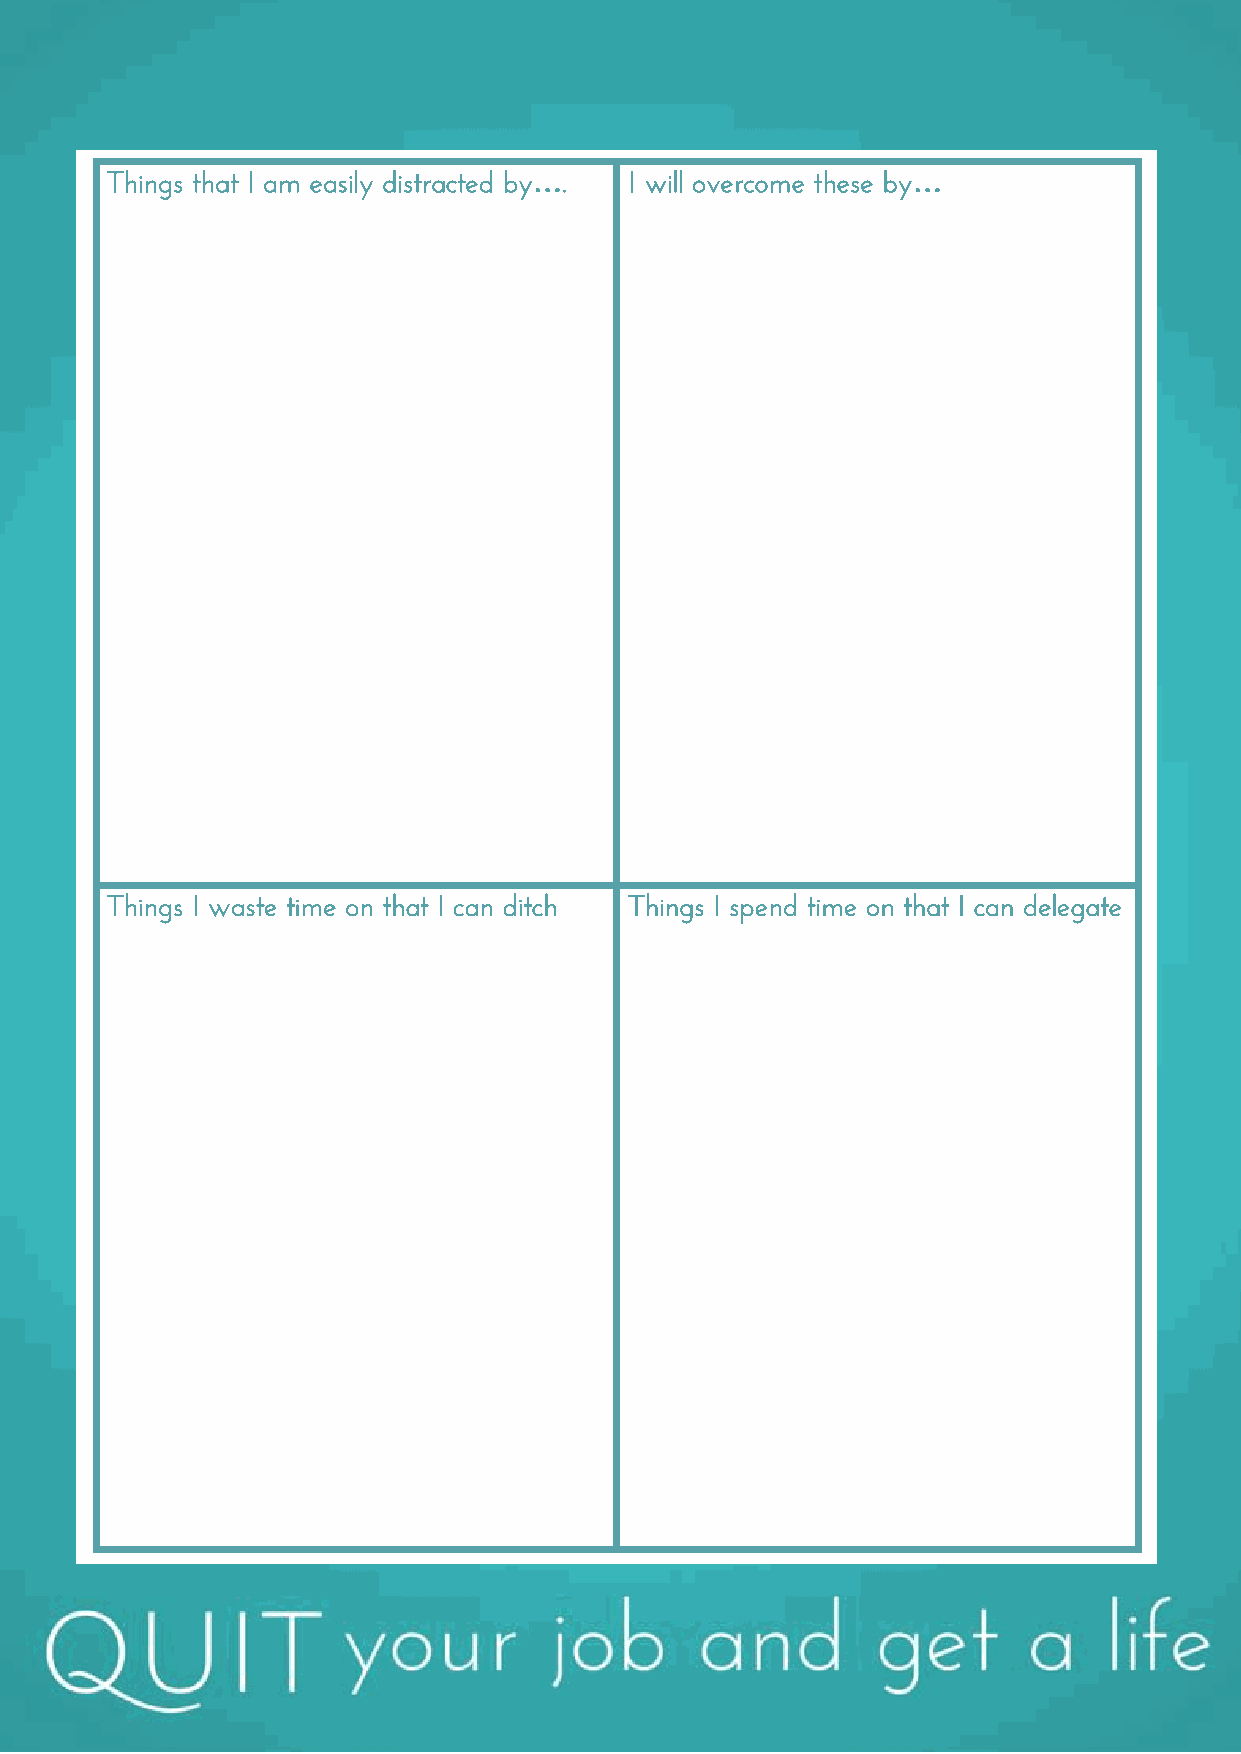
Things that I am easily distracted by…. I will overcome these by…
 Things I waste time on that I can ditch Things I spend time on that I can delegate